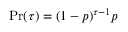
{ \displaystyle \operatorname* { P r } ( \tau ) = ( 1 - p ) ^ { \tau - 1 } p }